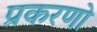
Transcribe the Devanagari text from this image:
प्रकरणो